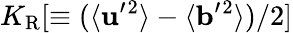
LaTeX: K_{\mathrm{{R}}}[\equiv(\langle{{\mathbf{u}}^{\prime}{}^{2}}\rangle-\langle{{\mathbf{b}}^{\prime}{}^{2}}\rangle)/2]